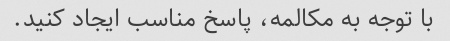
با توجه به مکالمه، پاسخ مناسب ایجاد کنید.